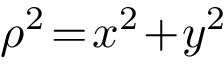
\rho ^ { 2 } \! = \! x ^ { 2 } \! + \! y ^ { 2 }